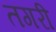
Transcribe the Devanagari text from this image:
तगरी